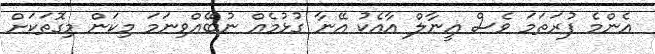
އެންމެ ފުރަތަމަ ވެސް އީނާލް އާއެކު އޭނާ ގުޅުމެއް ނުބޭއްވިނަމަ މިކަން މިގޮތަކަށް